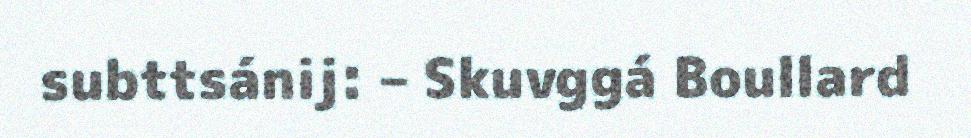
subttsánij: – Skuvggá Boullard